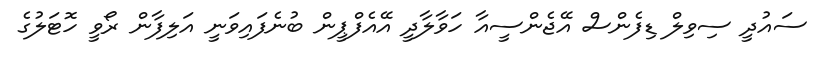
ސައުދީ ސިވިލް ޑިފެންސް އޭޖެންސީއާ ހަވާލާދީ އޭއެފްޕީން ބުނެފައިވަނީ އަލިފާން ރޯވީ ހޮޓަލުގެ